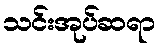
သင်းအုပ်ဆရာ